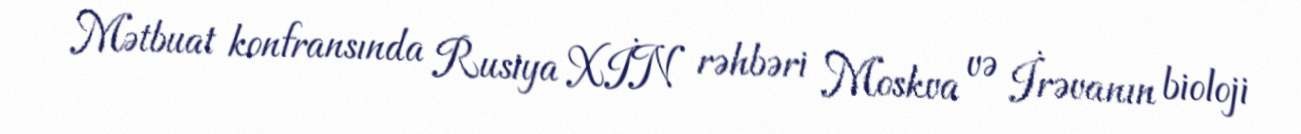
Mətbuat konfransında Rusiya XİN rəhbəri Moskva və İrəvanın bioloji